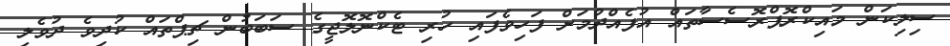
ސިލިކަން މައިކްރޮޕްރޮސެސާތައް އުފެއްދުމަށް ފަހިވެފައި ހުރި ޓެކްނޮލޮޖީގެ ސަބަބުން ޗިޕްތައް ކުދިވެ ދުވެލި